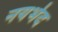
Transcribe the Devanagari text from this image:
नयभेद